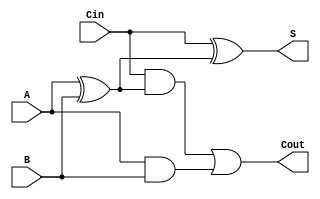
module full_adder_1bit (A, B, Cin, S, Cout);
    input A, B, Cin;
    output S, Cout;
    wire D;

    assign D = A ^ B;
    assign S = Cin ^ D;
    assign Cout = (Cin & D) | (A & B);
    

endmodule